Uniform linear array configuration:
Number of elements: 64
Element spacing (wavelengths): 1
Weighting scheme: hann
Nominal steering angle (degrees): -45
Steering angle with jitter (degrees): -45.852
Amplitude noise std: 0.05
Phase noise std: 0.05

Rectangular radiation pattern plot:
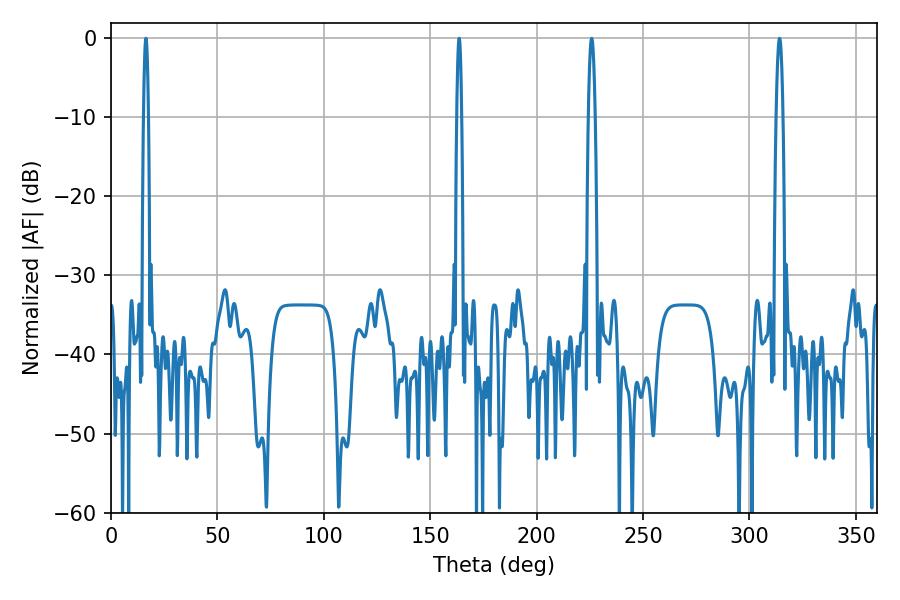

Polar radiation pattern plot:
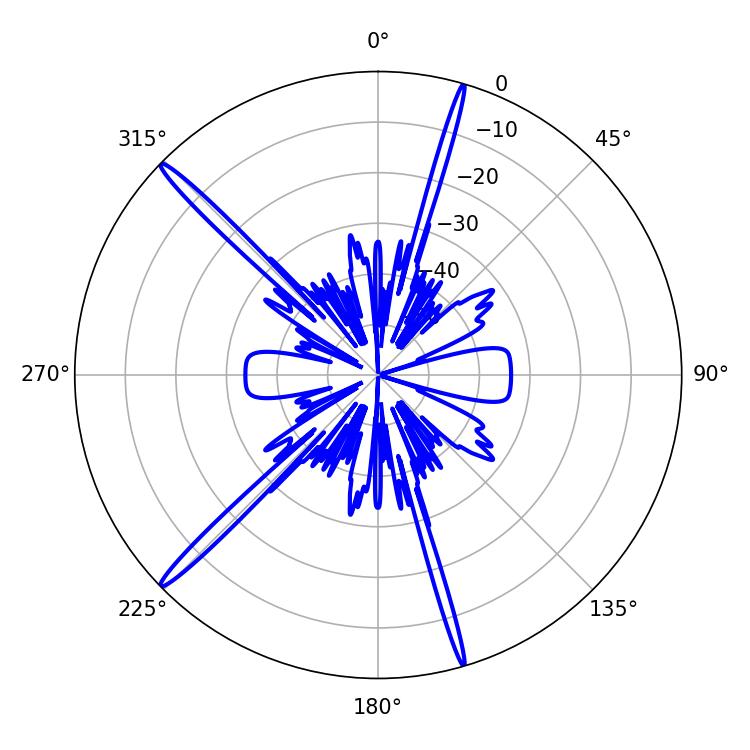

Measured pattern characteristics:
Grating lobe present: TRUE
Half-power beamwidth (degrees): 1.08
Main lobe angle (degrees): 163.62